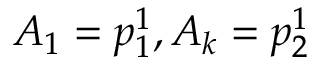
A _ { 1 } = p _ { 1 } ^ { 1 } , A _ { k } = p _ { 2 } ^ { 1 }